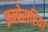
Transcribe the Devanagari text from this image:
इम्प्रेसरिया